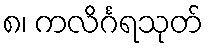
၈၊ ကလိင်္ဂရသုတ်